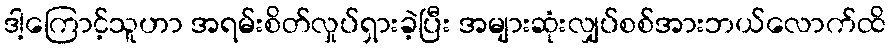
ဒါ့ကြောင့်သူဟာ အရမ်းစိတ်လှုပ်ရှားခဲ့ပြီး အများဆုံးလျှပ်စစ်အားဘယ်လောက်ထိ